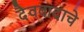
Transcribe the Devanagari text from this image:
दैववादाचे